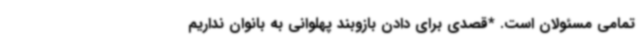
تمامی مسئولان است. *قصدی برای دادن بازوبند پهلوانی به بانوان نداریم